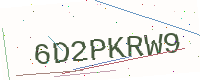
Text: 6D2PKRW9